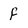
Character: f